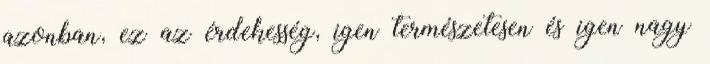
azonban, ez az érdekesség, igen természetesen és igen nagy